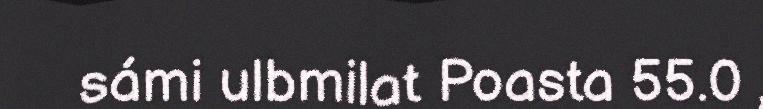
sámi ulbmilat Poasta 55.0 ,